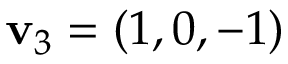
\mathbf { v } _ { 3 } = ( 1 , 0 , - 1 )